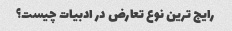
رایج ترین نوع تعارض در ادبیات چیست؟